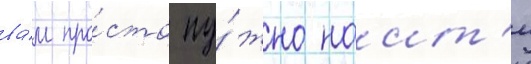
ва́м про́сто ну́жно наит'и